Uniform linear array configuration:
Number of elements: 16
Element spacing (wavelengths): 1
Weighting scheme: kaiser
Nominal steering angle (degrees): -45
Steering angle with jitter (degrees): -43.654
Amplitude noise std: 0.05
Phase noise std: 0.05

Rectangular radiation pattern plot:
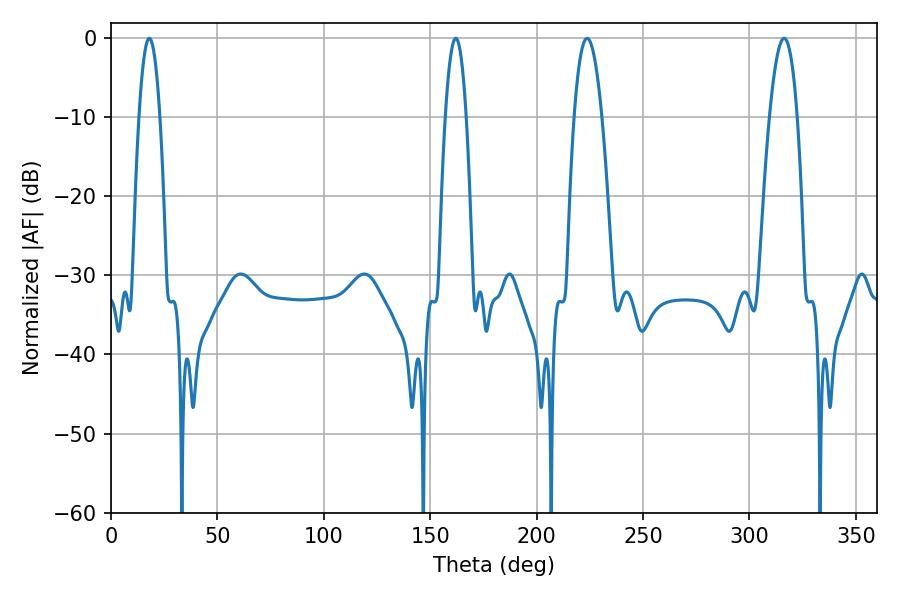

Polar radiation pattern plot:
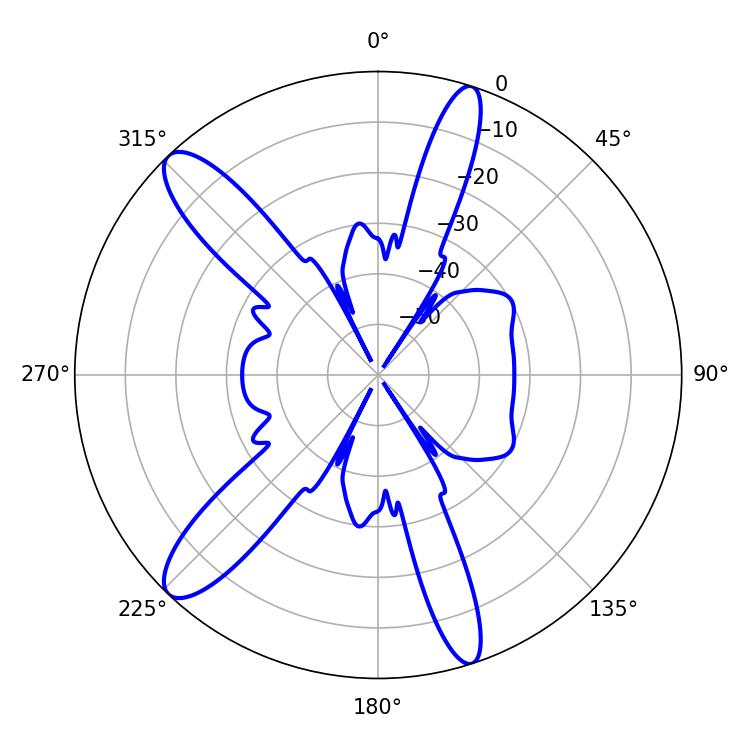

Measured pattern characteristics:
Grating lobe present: TRUE
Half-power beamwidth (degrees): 5.4
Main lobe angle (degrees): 18